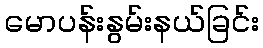
မောပန်းနွမ်းနယ်ခြင်း